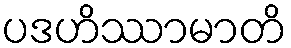
ပဒဟိဿာမာတိ